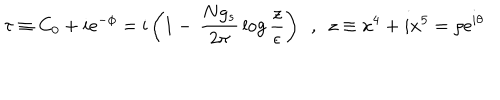
LaTeX: \tau \equiv C _ { 0 } + i \mathrm { e } ^ { - \phi } = \mathrm { i } \left( 1 - \, \frac { N g _ { s } } { 2 \pi } \, \log \frac { z } { \epsilon } \right) ~ ~ , ~ ~ z \equiv x ^ { 4 } + i x ^ { 5 } = \rho \mathrm { e } ^ { i \theta }